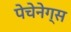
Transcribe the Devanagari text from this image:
पेचेनेग्स